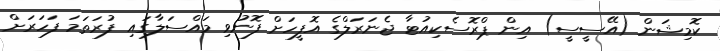
ކޮމިޝަން (އޭސީސީ) އިން ޕްރޮސެކިއުޓާ ޖެނަރަލްގެ އޮފީހަށް ފޮނުވި މައްސަލާގައި ފުރަތަމަ ފަހަރަށް